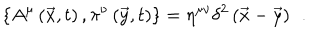
\left\{ A ^ { \mu } \left( \vec { x } , t \right) , \pi ^ { \nu } \left( \vec { y } , t \right) \right\} = \eta ^ { \mu \nu } \delta ^ { 2 } \left( \vec { x } - \vec { y } \right) \; \, .